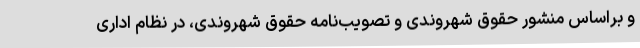
و براساس منشور حقوق شهروندی و تصویب‌نامه حقوق شهروندی، در نظام اداری